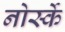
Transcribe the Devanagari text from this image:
नोर्स्के